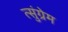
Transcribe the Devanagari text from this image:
त्सुंग्रेम